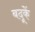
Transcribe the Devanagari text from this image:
बदूकें